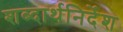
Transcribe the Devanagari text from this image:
शब्दार्थनिर्देश